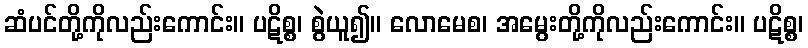
ဆံပင်တို့ကိုလည်းကောင်း။ ပဋိစ္စ၊ စွဲယူ၍။ လောမေစ၊ အမွေးတို့ကိုလည်းကောင်း။ ပဋိစ္စ၊